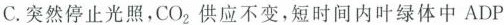
C.突然停止光照，CO_{2}供应不变，短时间内叶绿体中ADP